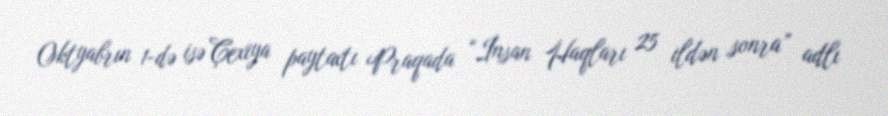
Oktyabrın 1-də isə Çexiya paytaxtı Praqada “İnsan Haqları 25 ildən sonra” adlı